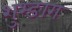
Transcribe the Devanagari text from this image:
शुभ्ङाग